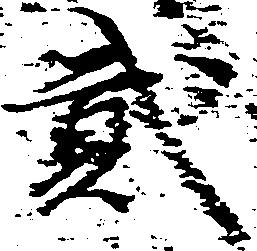
弐